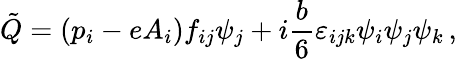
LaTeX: \tilde{Q}=(p_{i}-eA_{i})f_{ij}\psi_{j}+i{\frac{b}{6}}\varepsilon_{ijk}\psi_{i}\psi_{j}\psi_{k}\, ,